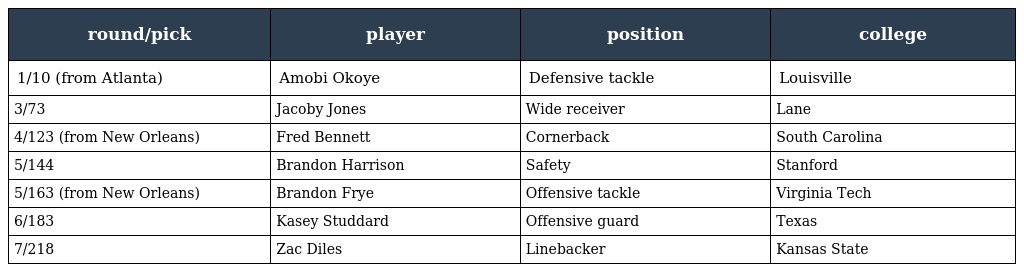
| round/pick | player | position | college |
 | --- | --- | --- | --- |
 | 1/10 (from Atlanta) | Amobi Okoye | Defensive tackle | Louisville |
 | 3/73 | Jacoby Jones | Wide receiver | Lane |
 | 4/123 (from New Orleans) | Fred Bennett | Cornerback | South Carolina |
 | 5/144 | Brandon Harrison | Safety | Stanford |
 | 5/163 (from New Orleans) | Brandon Frye | Offensive tackle | Virginia Tech |
 | 6/183 | Kasey Studdard | Offensive guard | Texas |
 | 7/218 | Zac Diles | Linebacker | Kansas State |